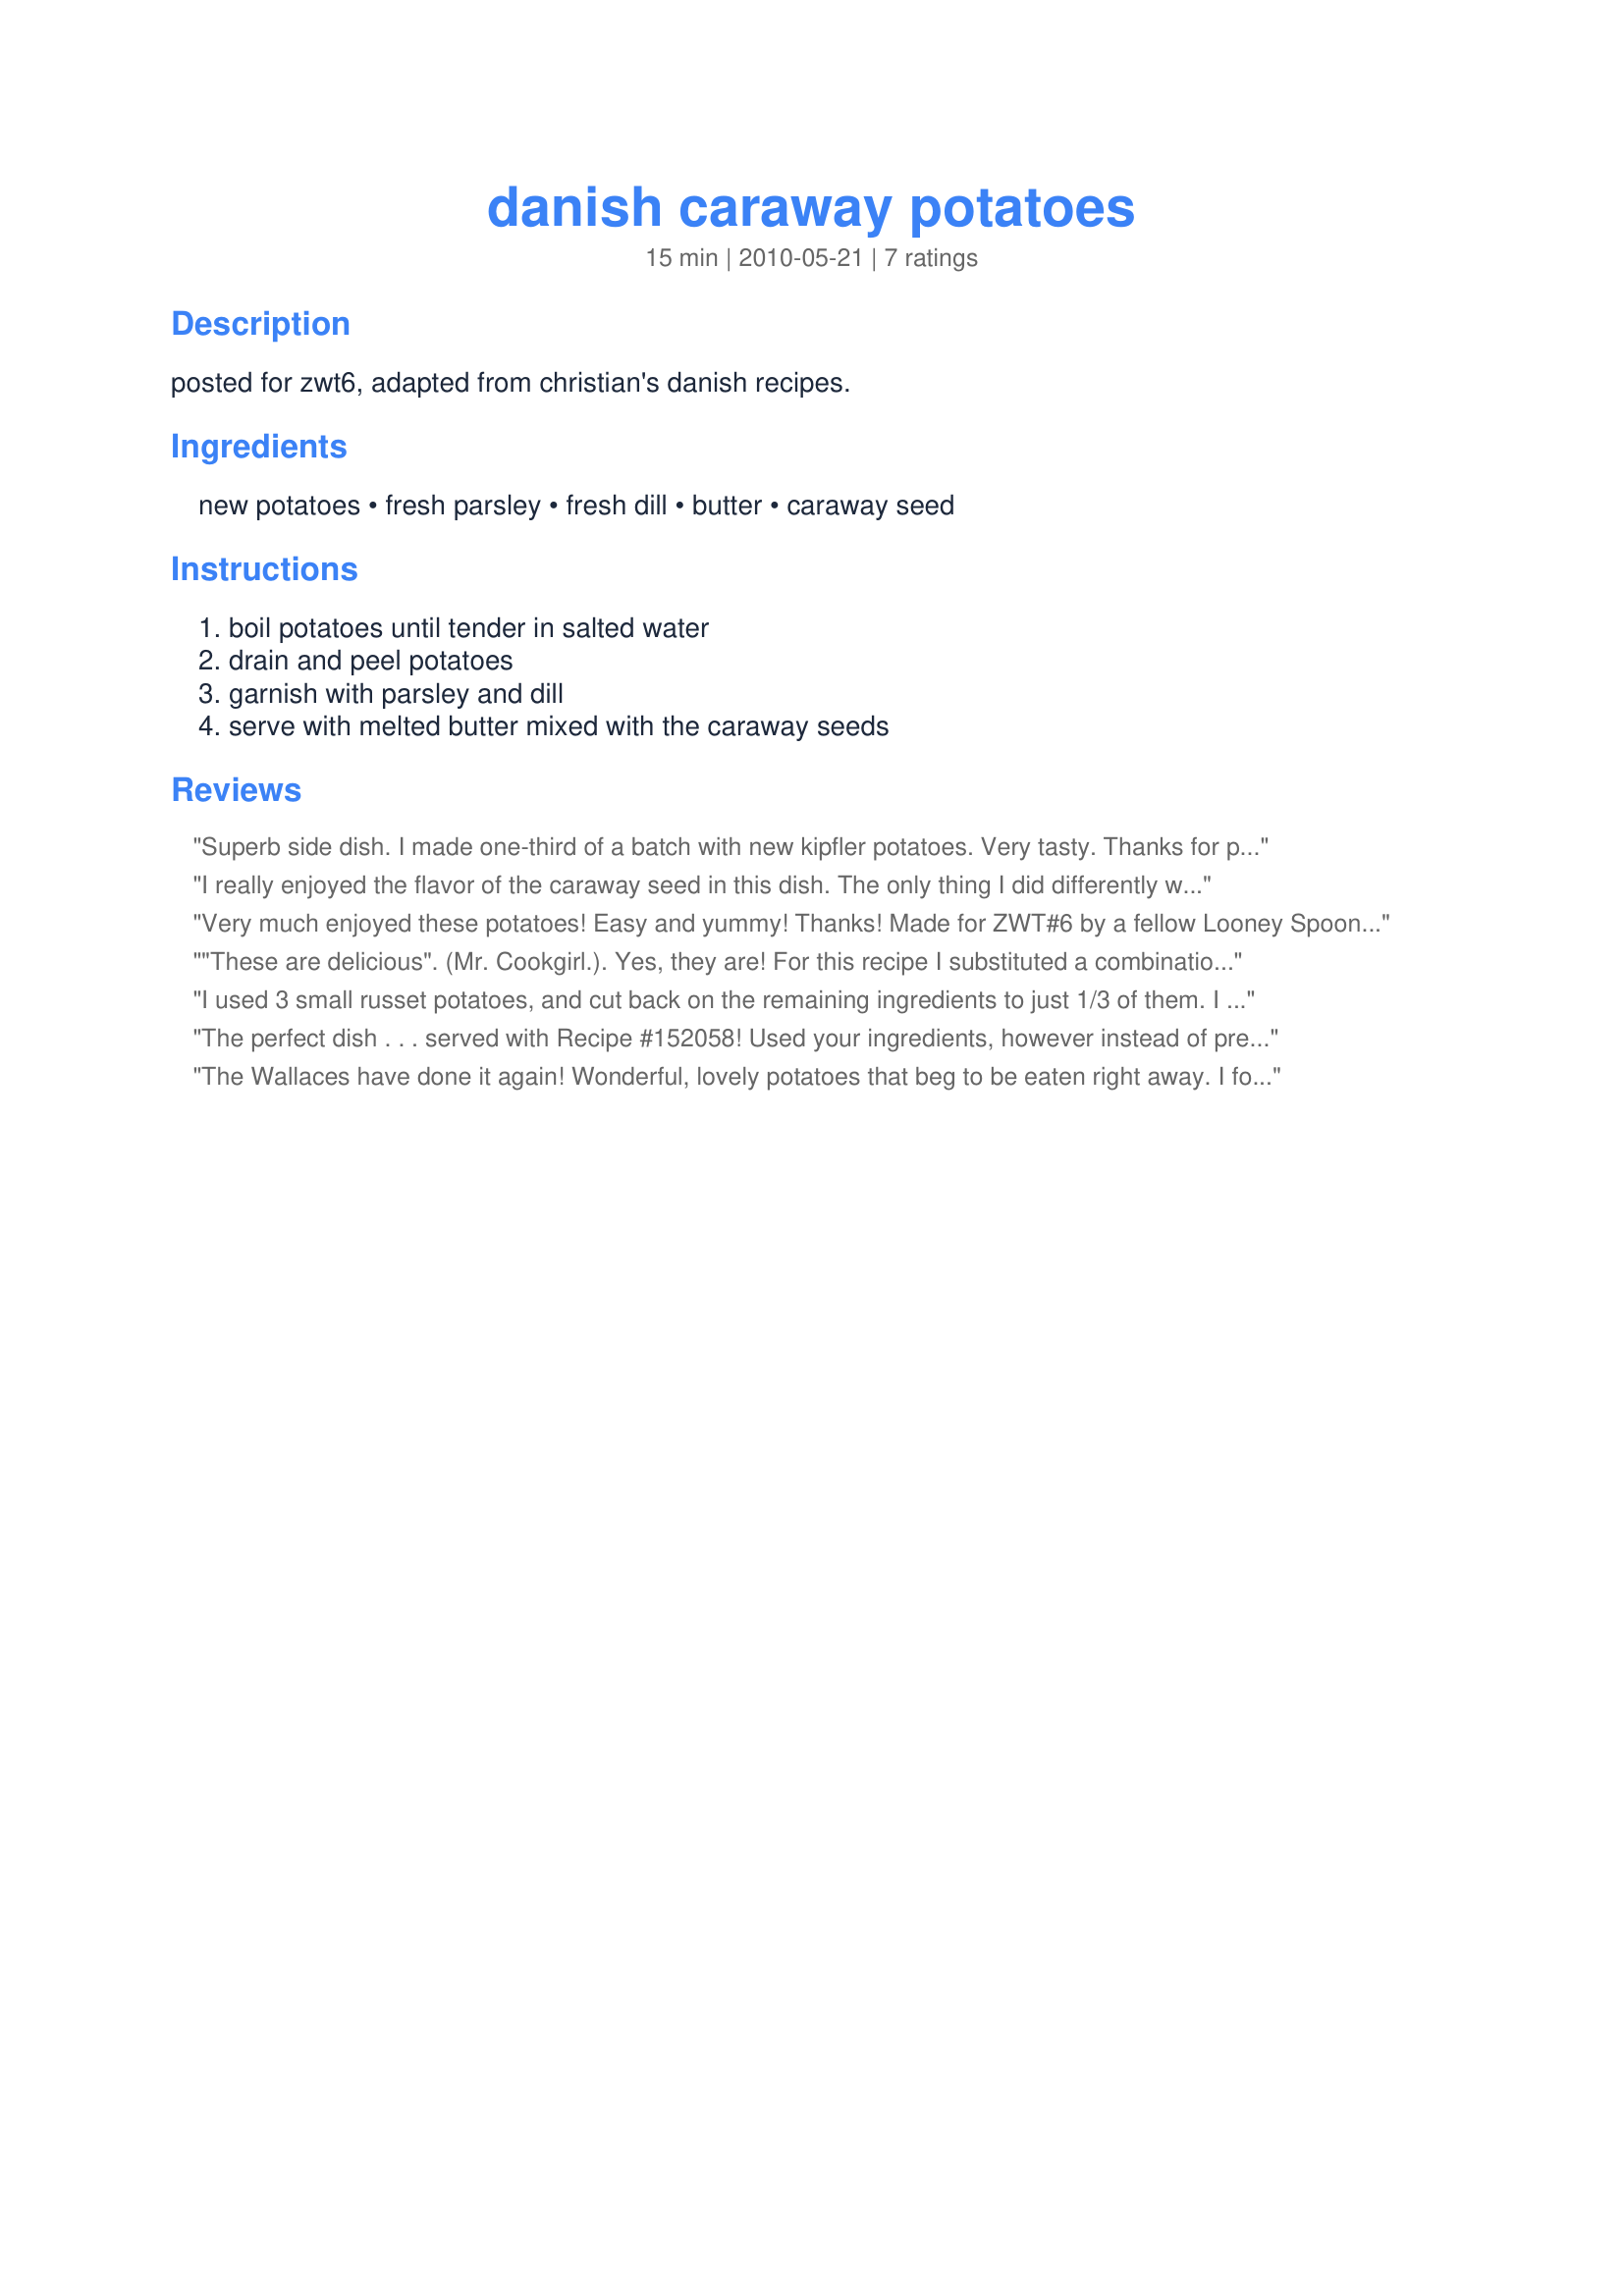
danish caraway potatoes
Preparation time: 15 minutes

posted for zwt6, adapted from christian's danish recipes.

Ingredients:
new potatoes, fresh parsley, fresh dill, butter, caraway seed

Steps:
boil potatoes until tender in salted water, drain and peel potatoes, garnish with parsley and dill, serve with melted butter mixed with the caraway seeds

Reviews:
Superb side dish. I made one-third of a batch with new kipfler potatoes. Very tasty. Thanks for posting.
I really enjoyed the flavor of the caraway seed in this dish. The only thing I did differently was to leave the skins on the potatoes (as I've always been led to believe they're good for you). But I otherwise stuck to the recipe, and they were delicious! Thanks, TheWallaces. Made for Zaar World Tour #6.
Very much enjoyed these potatoes! Easy and yummy! Thanks! Made for ZWT#6 by a fellow Looney Spoon Phoodie!
"These are delicious". (Mr. Cookgirl.). Yes, they are! For this recipe I substituted a combination of red potatoes, purple and gold. The caraway seeds were slightly crushed to release their flavor and infused for about 15 minutes in the melted butter. (In the hot summer months I will sub olive oil for butter but infuse the caraway in teh same manner.) Fresh parsley from the garden. Making this again soon! Reviewed for ZWT #6.
I used 3 small russet potatoes, and cut back on the remaining ingredients to just 1/3 of them. I choose black caraway that was yummy. Thanks.
Made for ZWT 6
The perfect dish . . . served with Recipe #152058! Used your ingredients, however instead of pre-cooking the potatoes I melted the butter in a cast-iron pot and added the potatoes. Covered and cooked on low for approximately 25 minutes, shaking the pan every 5 minutes or so. Added the herbs just before serving. YUMMY! Made for ZWT #6
The Wallaces have done it again! Wonderful, lovely potatoes that beg to be eaten right away. I followed another reviewer and melted the butter in the cast-iron skillet. Yum, this is goodness on a fork, and wish we had more. Mine cooked in about 25 minutes as well, and the butter, caraway, and dill, topped off with parsley just made this dish over the top! Made for ZWT #6
